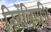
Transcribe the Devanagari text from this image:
निबेंलिएशि